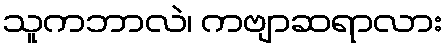
သူကဘာလဲ၊ ကဗျာဆရာလား